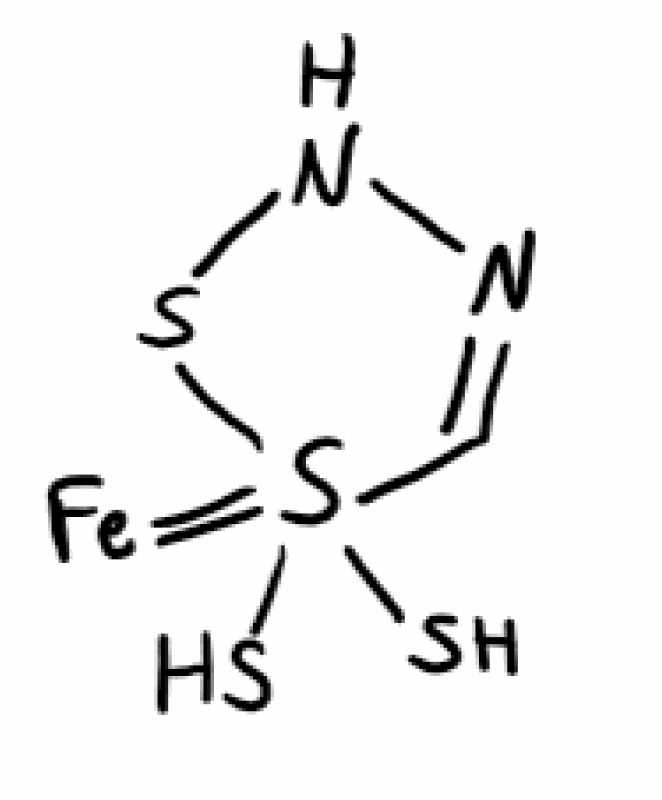
Simplified molecular-input line-entry system (SMILES) notation of the given molecule:
C1=NNSS1(=[Fe])(S)S